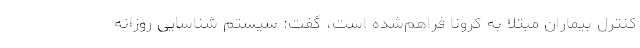
کنترل بیماران مبتلا به کرونا فراهم‌شده است، گفت: سیستم شناسایی روزانه